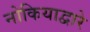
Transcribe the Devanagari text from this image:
नोकियाद्वारे